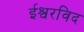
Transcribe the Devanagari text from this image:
ईश्वरविद